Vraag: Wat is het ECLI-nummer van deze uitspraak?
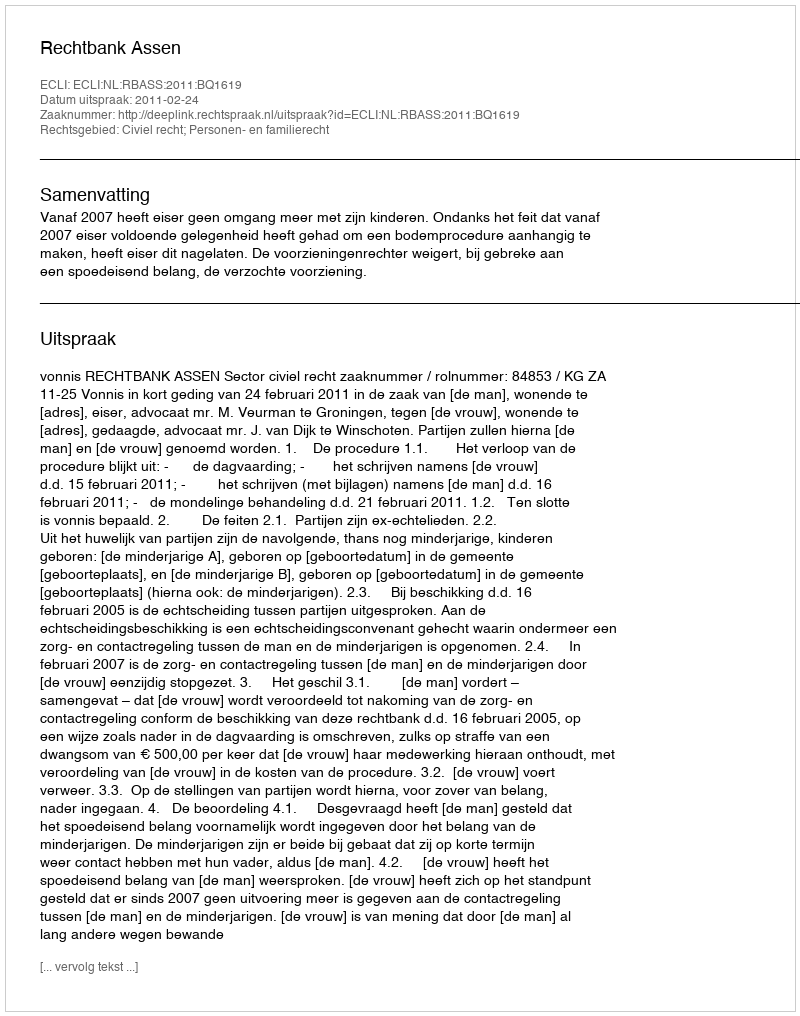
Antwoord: ECLI:NL:RBASS:2011:BQ1619